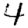
Digit: 4